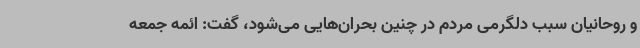
و روحانیان سبب دلگرمی مردم در چنین بحران‌هایی می‌شود، گفت: ائمه جمعه